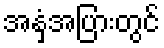
အနှံ့အပြားတွင်